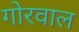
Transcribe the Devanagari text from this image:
गोरवाल